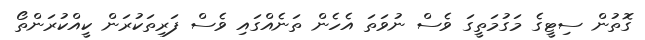
ގޮތުން ސިޓީގެ މަގުމަތީގަ ވެސް ނުވަތަ އެހެން ތަނެއްގައި ވެސް ފަރިތަކުރަން ކީއްކުރަންތޯ